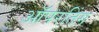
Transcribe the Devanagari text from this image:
ऑपरतिंग